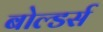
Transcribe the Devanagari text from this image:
बोल्डर्स